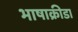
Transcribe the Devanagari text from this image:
भाषाक्रीडा